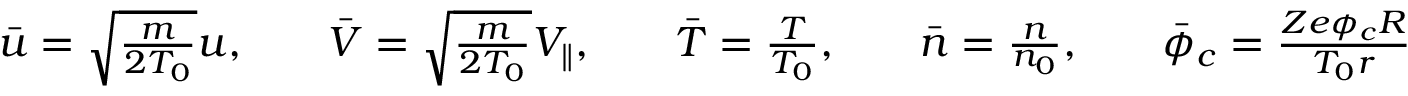
\begin{array} { r l r l r l r l r } { \bar { u } = \sqrt { \frac { m } { 2 T _ { 0 } } } u , } & { { } } & { \bar { V } = \sqrt { \frac { m } { 2 T _ { 0 } } } V _ { \parallel } , } & { { } } & { \bar { T } = \frac { T } { T _ { 0 } } , } & { { } } & { \bar { n } = \frac { n } { n _ { 0 } } , } & { { } } & { \bar { \phi } _ { c } = \frac { Z e \phi _ { c } R } { T _ { 0 } r } } \end{array}